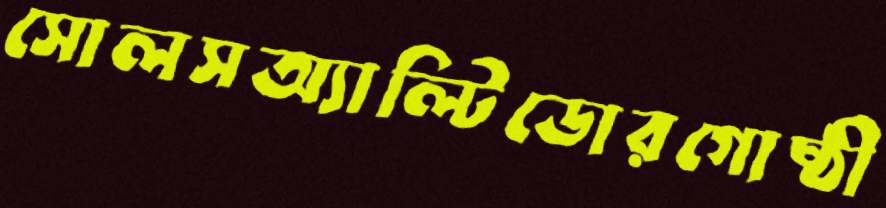
সোলসঅ্যাল্টিডোরগোষ্ঠী